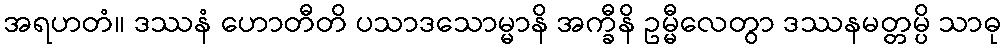
အရဟတံ။ ဒဿနံ ဟောတီတိ ပသာဒသောမ္မာနိ အက္ခီနိ ဥမ္မီလေတွာ ဒဿနမတ္တမ္ပိ သာဓု